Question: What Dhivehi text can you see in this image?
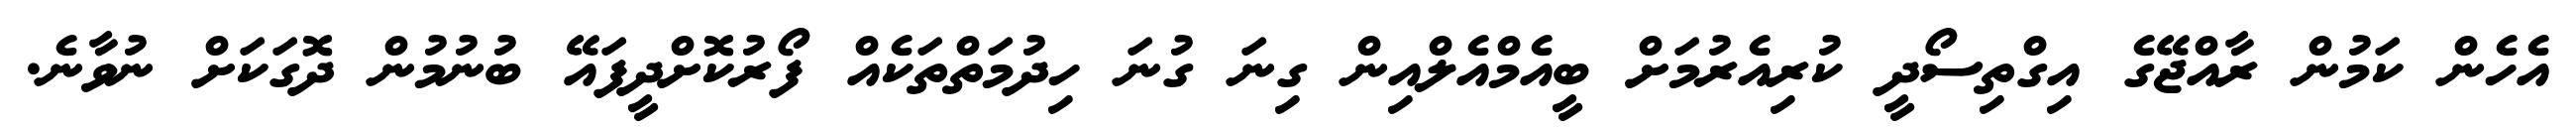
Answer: އެހެން ކަމުން ރާއްޖޭގެ އިގްތިސޯދީ ކުރިއެރުމަށް ބީއެމްއެލްއިން ގިނަ ގުނަ ހިދުމަތްތަކެއް ފޯރުކޮށްދީފައޭ ބުނުމުން ދޮގަކަށް ނުވާނެ.